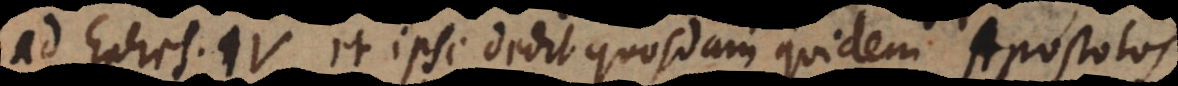
ad Ephes. IV et ipse dedit quosdam quidem Apostolos